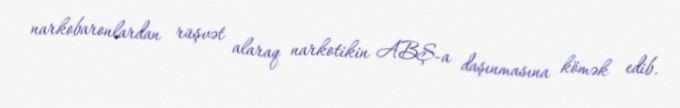
narkobaronlardan rüşvət alaraq narkotikin ABŞ-a daşınmasına kömək edib.